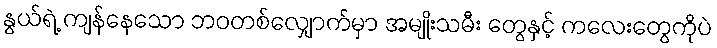
နွယ်ရဲ့ ကျန်နေသော ဘဝတစ်လျှောက်မှာ အမျိုးသမီး တွေနှင့် ကလေးတွေကိုပဲ